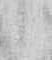
候